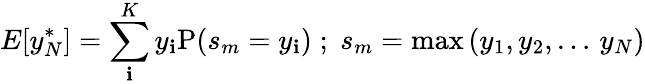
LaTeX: E[y_{N}^{*}]=\sum_{\mathbf{i}}^{K}y_{\mathbf{i}}\textrm{{P}}(s_{m}=y_{\mathbf{i}})\; ;\; s_{m}=\textrm{{max}}\left(y_{1},y_{2},\ldots\, y_{N}\right)